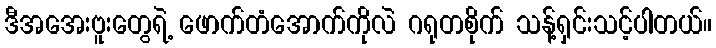
ဒီအအေးဗူးတွေရဲ့ ဖောက်တံအောက်ကိုလဲ ဂရုတစိုက် သန့်ရှင်းသင့်ပါတယ်။